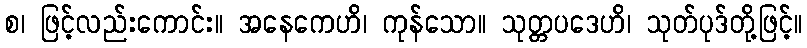
စ၊ ဖြင့်လည်းကောင်း။ အနေကေဟိ၊ ကုန်သော။ သုတ္တပဒေဟိ၊ သုတ်ပုဒ်တို့ဖြင့်။